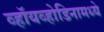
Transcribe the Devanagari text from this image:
व्हॉयव्होडिनामध्ये